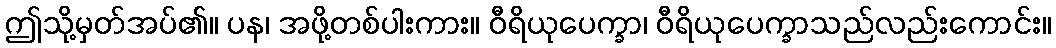
ဤသို့မှတ်အပ်၏။ ပန၊ အဖို့တစ်ပါးကား။ ဝီရိယုပေက္ခာ၊ ဝီရိယုပေက္ခာသည်လည်းကောင်း။